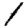
Digit: 1